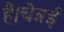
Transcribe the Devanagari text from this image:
हैं।चेन्नई